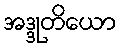
အဒ္ဒုတိယော